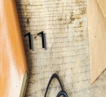
11